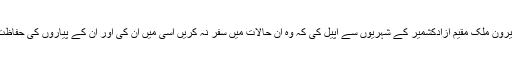
وزیر اعظم نے بیرون ملک مقیم آزادکشمیر کے شہریوں سے اپیل کی کہ وہ ان حالات میں سفر نہ کریں اسی میں ان کی اور ان کے پیاروں کی حفاظت اور بہتری ہے۔